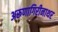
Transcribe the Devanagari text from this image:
अरूणागिरीनाथर